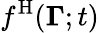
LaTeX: f^{\mathrm{H}}({\mathbf{\Gamma}};t)